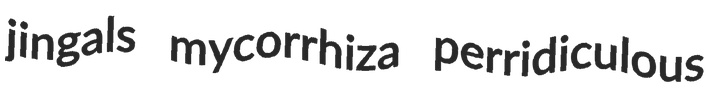
jingals mycorrhiza perridiculous